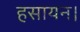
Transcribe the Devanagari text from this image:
हसायन।